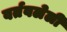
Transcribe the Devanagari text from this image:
वर्तवलेली